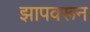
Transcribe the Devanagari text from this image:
झापवरून